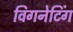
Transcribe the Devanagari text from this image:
विगनेटिंग